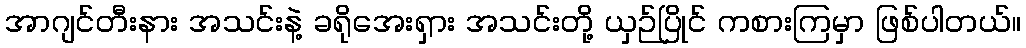
အာဂျင်တီးနား အသင်းနဲ့ ခရိုအေးရှား အသင်းတို့ ယှဉ်ပြိုင် ကစားကြမှာ ဖြစ်ပါတယ်။